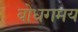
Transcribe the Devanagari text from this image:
बोधगमय